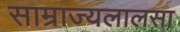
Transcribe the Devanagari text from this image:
साम्राज्यलालसा